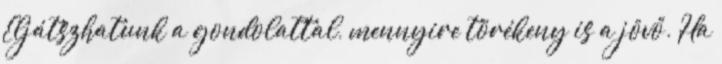
Eljátszhatunk a gondolattal, mennyire törékeny is a jövő. Ha